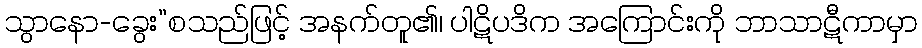
သွာနော-ခွေး”စသည်ဖြင့် အနက်တူ၏၊ ပါဋိပဒိက အကြောင်းကို ဘာသာဋီကာမှာ